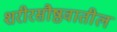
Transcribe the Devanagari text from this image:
शरीरसौष्ठवातील